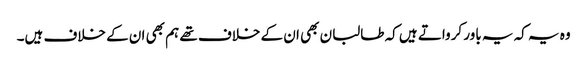
وہ یہ کہ یہ باور کرواتے ہیں کہ طالبان بھی ان کے خلاف تھے ہم بھی ان کے خلاف ہیں۔